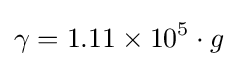
\gamma =1.11\times 10^{5}\cdot g